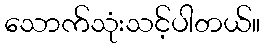
သောက်သုံးသင့်ပါတယ်။